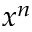
x ^ { n }